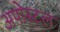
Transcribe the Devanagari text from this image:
अपोस्टल